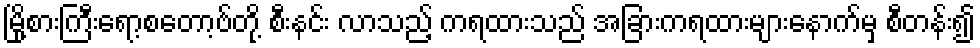
မြို့စားကြီးရော့စတော့ဗ်တို့ စီးနင်း လာသည့် ကရထားသည် အခြားကရထားများနောက်မှ စီတန်း၍